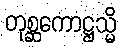
တုစ္ဆကောဋ္ဌသ္မိ